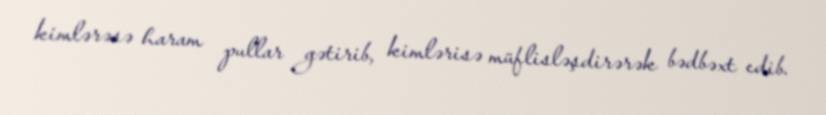
kimlərəsə haram pullar gətirib, kimlərisə müflisləşdirərək bədbəxt edib.